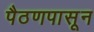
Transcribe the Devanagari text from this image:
पैठणपासून